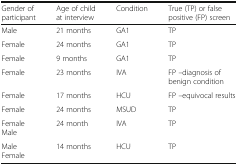
| Gender of participant | Age of child at interview | Condition | True (TP) or false positive (FP) screen |
 | --- | --- | --- | --- |
 | Male | 21 months | GA1 | TP |
 | Female | 24 months | GA1 | TP |
 | Female | 9 months | GA1 | TP |
 | Female | 23 months | IVA | FP –diagnosis of benign condition |
 | Female | 17 months | HCU | FP –equivocal results |
 | Female | 24 months | MSUD | TP |
 | FemaleMale | 24 month | IVA | TP |
 | MaleFemale | 14 months | HCU | TP |